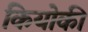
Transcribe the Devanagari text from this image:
कियोकी